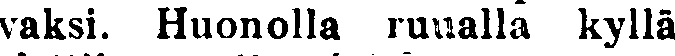
vaksi. Huonolla ruualla kyllä